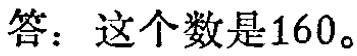
答：这个数是160。